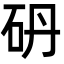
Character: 砃